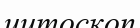
цитоскоп